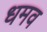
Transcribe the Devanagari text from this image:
धमव